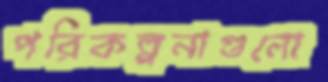
পরিকল্পনাগুলো